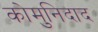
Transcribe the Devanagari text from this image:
कोमुनिदाद